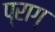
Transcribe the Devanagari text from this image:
प्राग्